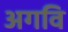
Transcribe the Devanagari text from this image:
अगवि